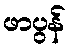
ဖာပွန်